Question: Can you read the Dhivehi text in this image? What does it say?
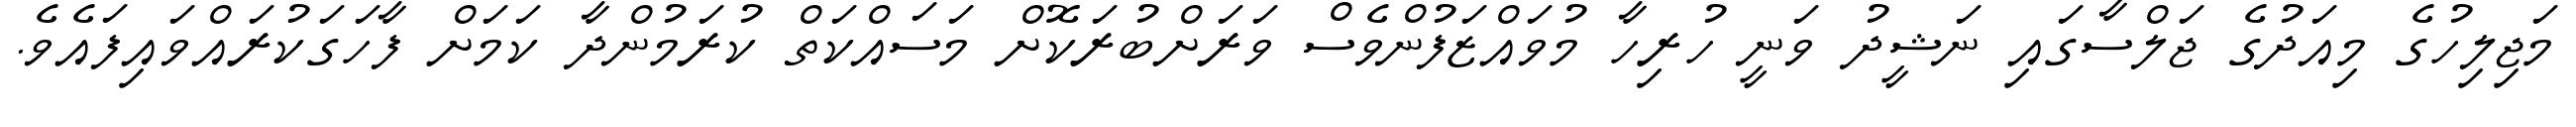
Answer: މަޖިލިހުގެ މިއަދުގެ ޖަލްސާގައި ނަޝީދު ވަނީ ހުރިހާ މުވައްޒަފުންވެސް ވަރަށްބުރަކޮށް މަސައްކަތް ކުރަމުންދާ ކަމަށް ފާހަގަކުރައްވައިފައެވެ.